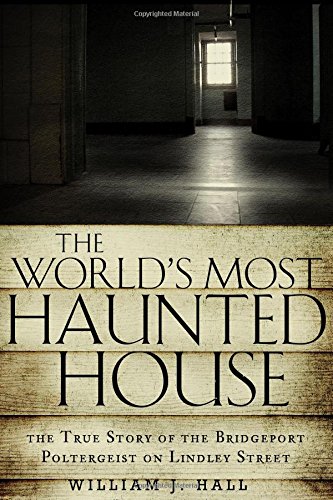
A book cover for The World's Most Haunted House: The True Story of The Bridgeport Poltergeist on Lindley Street; William J. Hall; Religion & Spirituality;